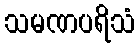
သမဏပရိသံ